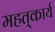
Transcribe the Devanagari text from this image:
महत्‌कार्य